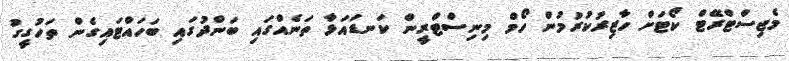
މެޖިސްޓްރޭޓް ކޯޓަށް ހާޒިރުކުރުމުން ހޯމް މިނިސްޓްރީން ކަނޑައަޅާ ތަނެއްގައި ބަންދުގައި ބަހައްޓައިގެން ތަހުގީގު